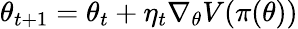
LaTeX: \theta_{t+1}=\theta_{t}+\eta_{t}\nabla_{\theta}V(\pi(\theta))